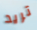
تريد